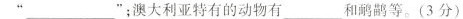
"___";澳大利亚特有的动物有___和鸸鹋等。(3分)